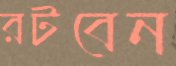
রটবেন